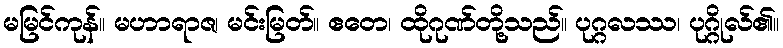
မမြင်ကုန်။ မဟာရာဇ၊ မင်းမြတ်။ ဧတေ၊ ထိုဂုဏ်တို့သည်။ ပုဂ္ဂလဿ၊ ပုဂ္ဂိုလ်၏။